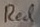
Text: Red